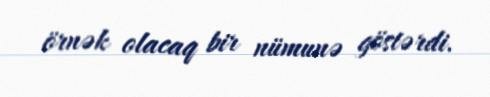
örnək olacaq bir nümunə göstərdi.